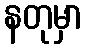
နတုမှာ